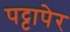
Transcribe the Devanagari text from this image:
पट्टापेर